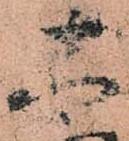
太